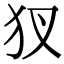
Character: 𤜫